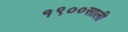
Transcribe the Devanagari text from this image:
१९००साली